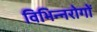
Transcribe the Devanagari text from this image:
विभिन्नरोगों